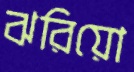
ঝরিয়ো